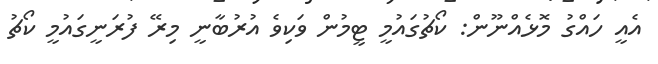
އެއީ ހައްގު މޮޅެއްނޫން: ކޯޗުގައުމީ ޓީމުން ވަކިވެ އުރުބާނީ މިރޭ ފުރަނީގައުމީ ކޯޗު